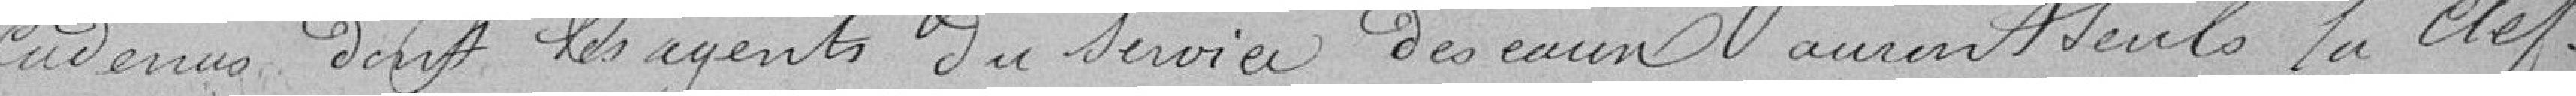
cadenas dont les agents du service des eaux auront seuls la clef.